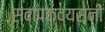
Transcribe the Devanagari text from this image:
स्वापकव्यसनी